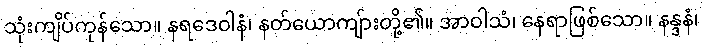
သုံးကျိပ်ကုန်သော။ နရဒေဝါနံ၊ နတ်ယောကျ်ားတို့၏။ အာဝါသံ၊ နေရာဖြစ်သော။ နန္ဒနံ၊